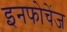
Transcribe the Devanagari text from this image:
इनफोचेंज